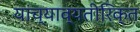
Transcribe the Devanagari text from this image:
यांच्याव्यतीरिक्त